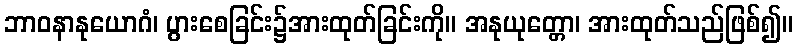
ဘာဝနာနုယောဂံ၊ ပွားစေခြင်း၌အားထုတ်ခြင်းကို။ အနုယုတ္တော၊ အားထုတ်သည်ဖြစ်၍။